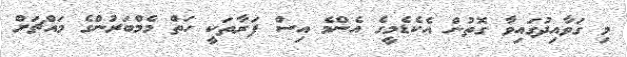
މި ގަވާއިދުގައިވާ ގޮތުން އެކެޑެމީގެ އެންމެ އިސް ފަރާތަކީ ހަތް މެމްބަރުންގެ މައްޗަށް